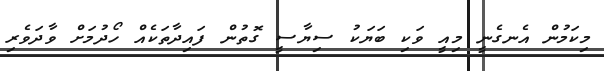
މިކަމުން އެނގެނީ މިއީ ވަކި ބަޔަކު ސިޔާސީ ގޮތުން ފައިދާތަކެއް ހޯދުމަށް ވާދަވެރި